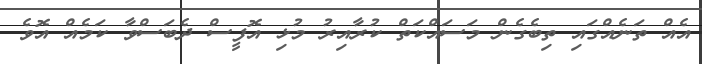
އެއް ތަނެއްގައި ތިބެގެން މަސައްކަތް ކުރާއިރު މުޅި އޮފީސް ދެބަސްވާ ކަމެއް އޮވެ